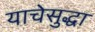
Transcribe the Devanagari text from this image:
याचेसुद्धा